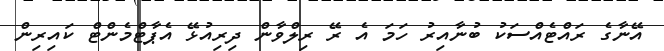
އޭނާގެ ރައްޓެއްސަކު ބުނާއިރު ހަމަ އެ ރޭ ރިލްވާން ދިރިއުޅޭ އެޕާޓްމެންޓް ކައިރިން